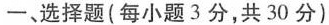
一、选择题(每小题3分，共30分)